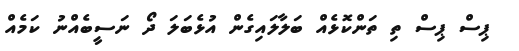
ޕިސް ޕިސް ތި ތަންކޮޅެއް ބަލާލައިގެން އުޅެބަލަ ދޯ ނަސީބެއްނު ކަމެއް